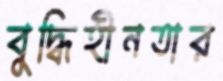
বুদ্ধিহীনতার